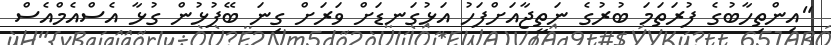
"އިންތިހާބުގެ ފުރަތަމަ ބުރުގެ ނަތީޖާއަށްފަހު އަޅުގަނޑަށް ވަރަށް ގިނަ ބޭފުޅުން ގުޅާ އެސްއެމްއެސް